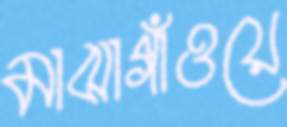
মাঝাগাঁওয়ে